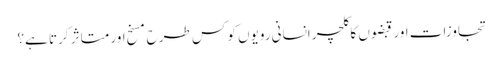
تجاوزات اور قبضوں کا کلچر انسانی رویوں کو کس طرح مسخ اور متاثر کرتا ہے؟